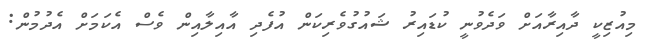
މިއުޒިކީ ދާއިރާއަށް ވަދެވުނީ ކުޑައިރު ޝައުގުވެރިކަން އުފެދި އާއިލާއިން ވެސް އެކަމަށް އެދުމުން: